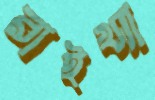
রাইখ্যা